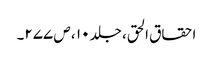
احقاق الحق، جلد ۱۰ ، ص ۲۷۷۔